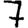
Digit: 7